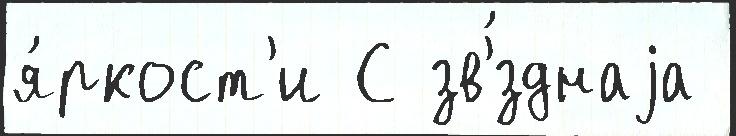
я́ркост'и С зв'́зднаjа